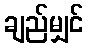
ချည်မျှင်